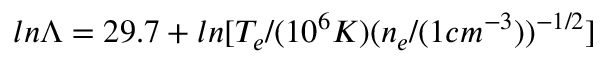
l n \Lambda = 2 9 . 7 + l n [ T _ { e } / ( 1 0 ^ { 6 } K ) ( n _ { e } / ( 1 c m ^ { - 3 } ) ) ^ { - 1 / 2 } ]